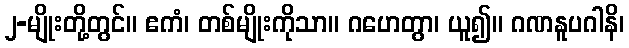
၂-မျိုးတို့တွင်။ ဧကံ၊ တစ်မျိုးကိုသာ။ ဂဟေတွာ၊ ယူ၍။ ဂဏနူပဂါနိ၊